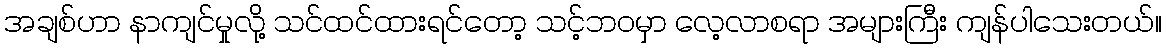
အချစ်ဟာ နာကျင်မှုလို့ သင်ထင်ထားရင်တော့ သင့်ဘဝမှာ လေ့လာစရာ အများကြီး ကျန်ပါသေးတယ်။